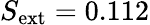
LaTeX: S_{\mathrm{ext}}=0.112